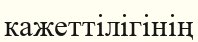
кажеттілігінің